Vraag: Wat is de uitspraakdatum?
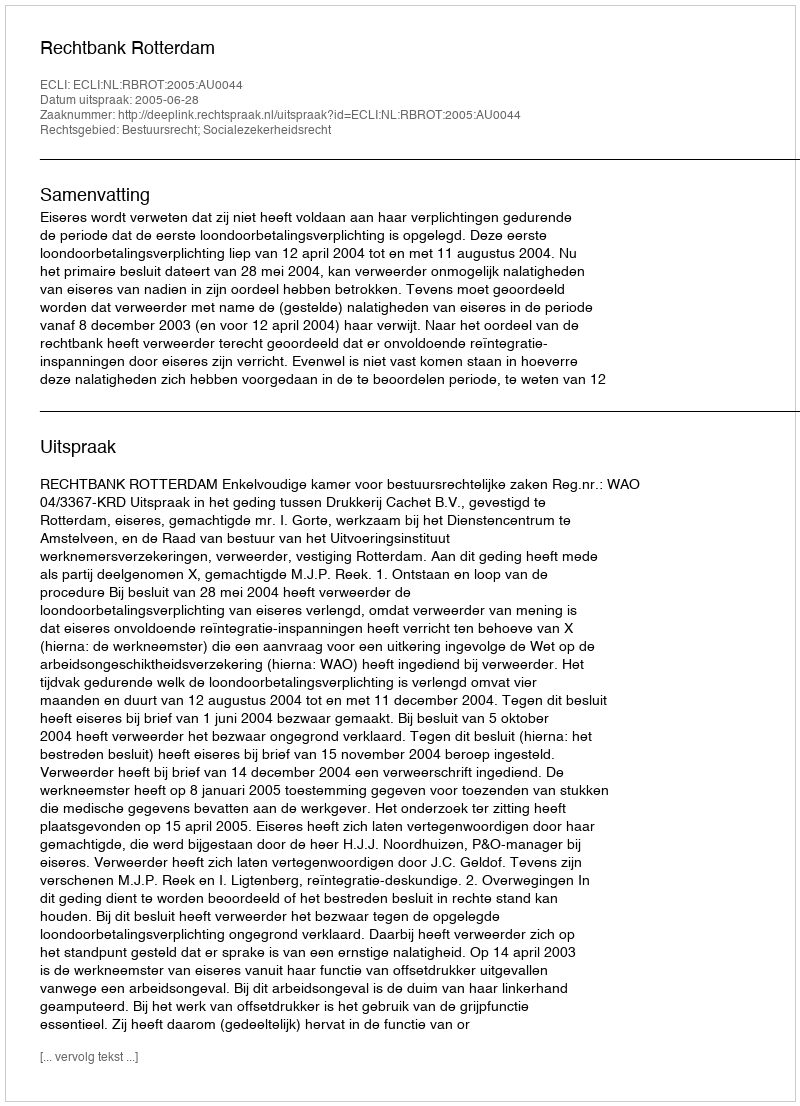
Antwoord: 2005-06-28